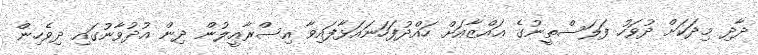
ދާދި މިދަކަށް ދުވަހު ފަލަސްތީނުގެ ޢައްޒާއަށް ހައްދުފަހަނައަޅާފައިވާ އިސްރާއީލުން ދިން އުދުވާނުގައި ދިވެހިން